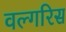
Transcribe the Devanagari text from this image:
वल्गरिस